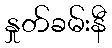
နှုတ်ခမ်းနီ